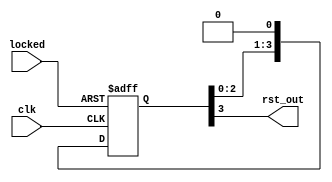
`timescale 1ns / 1ps


module reset_delay(
    input wire locked,
    input wire clk,
    output wire rst_out
    );
    
    reg[3:0] rst_temp;
    
    always@(posedge clk or negedge locked)
    begin
        if(locked == 0)
        begin
            rst_temp <= 4'b1111;
        end
        else
        begin
            rst_temp <= {rst_temp[3:1],1'b0};
            rst_temp <= rst_temp << 1;
        end
              
    end
    
    assign rst_out = rst_temp[3];
    
endmodule